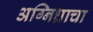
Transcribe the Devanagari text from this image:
अग्निध्राचा